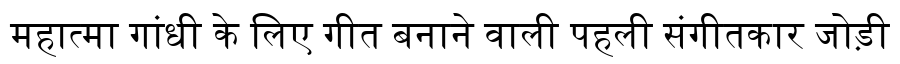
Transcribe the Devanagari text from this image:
महात्मा गांधी के लिए गीत बनाने वाली पहली संगीतकार जोड़ी